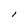
Character: l